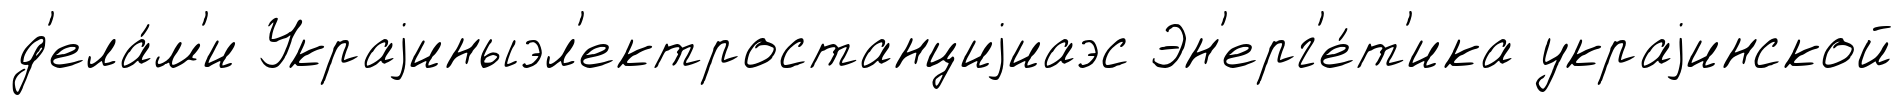
д'ела́м'и Украjиныэл'ектростанциjиаэс Эн'ерг'е́т'ика украjинской